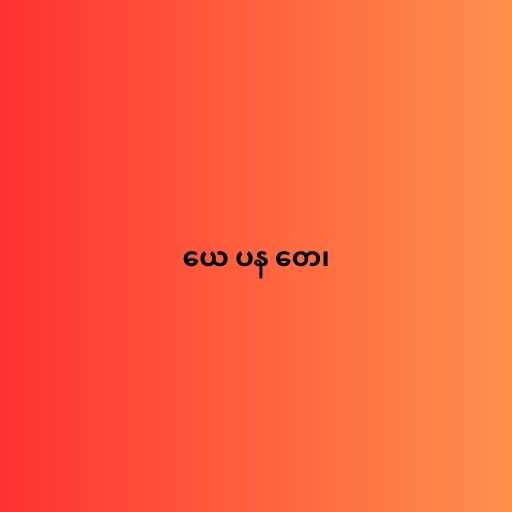
ယေ ပန တေ၊